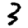
Digit: 3